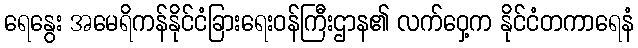
ရေနွေး အမေရိကန်နိုင်ငံခြားရေးဝန်ကြီးဌာန၏ လက်ဝှေ့က နိုင်ငံတကာရေနံ